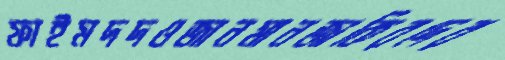
ফাইমদদওজানমানজাকিরদের